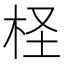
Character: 柽